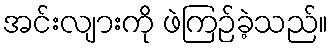
အင်းလျားကို ဖဲကြဉ်ခဲ့သည်။